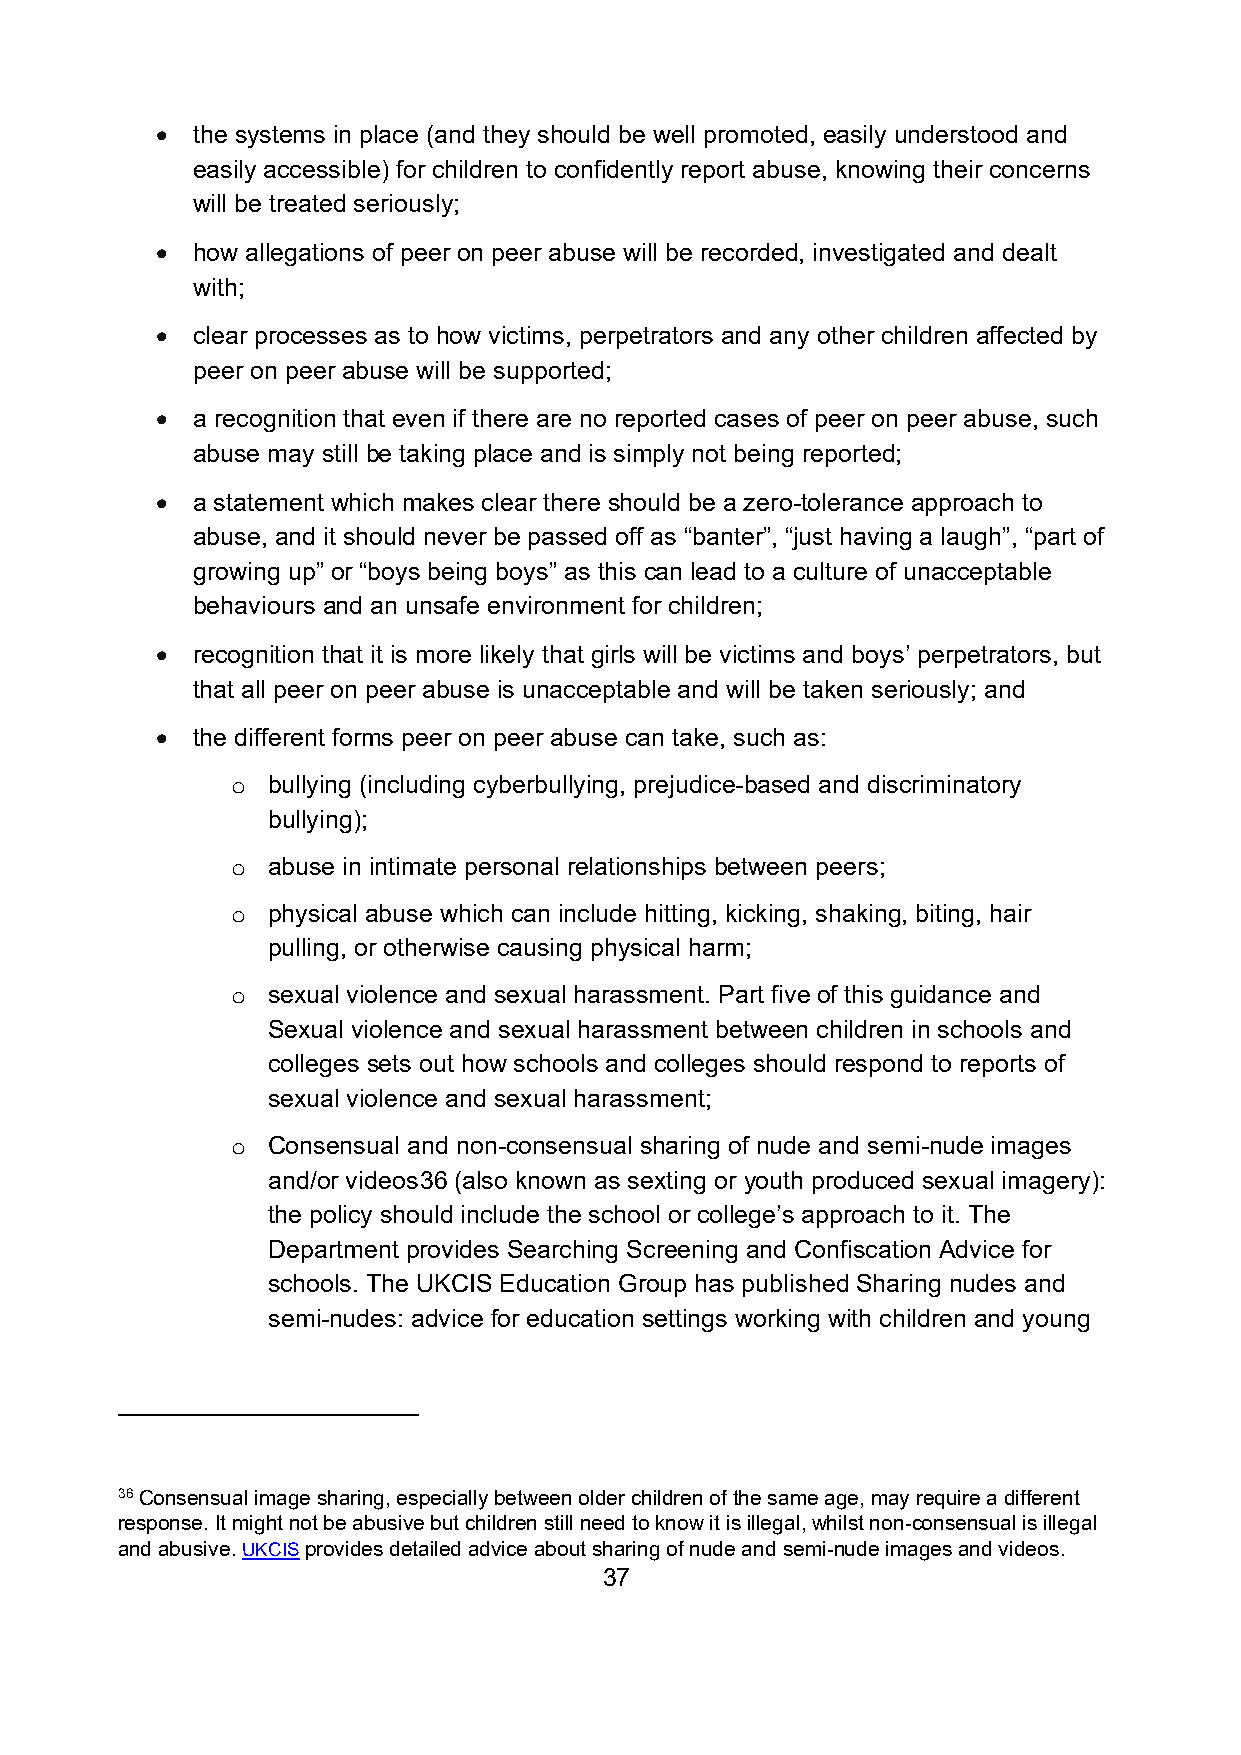
•  the systems in place (and they should be well promoted, easily understood and
 easily accessible) for children to confidently report abuse, knowing their concerns
 will be treated seriously;
 •  how allegations of peer on peer abuse will be recorded, investigated and dealt
 with;
 •  clear processes as to how victims, perpetrators and any other children affected by
 peer on peer abuse will be supported;
 •  a recognition that even if there are no reported cases of peer on peer abuse, such
 abuse may still be taking place and is simply not being reported;
 •  a statement which makes clear there should be a zero-tolerance approach to
 abuse, and it should never be passed off as “banter”, “just having a laugh”, “part of
 growing up” or “boys being boys” as this can lead to a culture of unacceptable
 behaviours and an unsafe environment for children;
 •  recognition that it is more likely that girls will be victims and boys’ perpetrators, but
 that all peer on peer abuse is unacceptable and will be taken seriously; and
 •  the different forms peer on peer abuse can take, such as:
 bullying (including cyberbullying, prejudice-based and discriminatory
 o
 bullying);
 abuse in intimate personal relationships between peers;
 o
 physical abuse which can include hitting, kicking, shaking, biting, hair
 o
 pulling, or otherwise causing physical harm;
 sexual violence and sexual harassment. Part five of this guidance and
 o
 Sexual violence and sexual harassment between children in schools and
 colleges sets out how schools and colleges should respond to reports of
 sexual violence and sexual harassment;
 Consensual and non-consensual sharing of nude and semi-nude images
 o
 and/or videos36 (also known as sexting or youth produced sexual imagery):
 the policy should include the school or college’s approach to it. The
 Department provides Searching Screening and Confiscation Advice for
 schools. The UKCIS Education Group has published Sharing nudes and
 semi-nudes: advice for education settings working with children and young
 36 Consensual image sharing, especially between older children of the same age, may require a different
 response. It might not be abusive but children still need to know it is illegal, whilst non-consensual is illegal
 and abusive. UKCIS provides detailed advice about sharing of nude and semi-nude images and videos.
 37